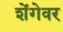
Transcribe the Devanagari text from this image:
शेंगेवर